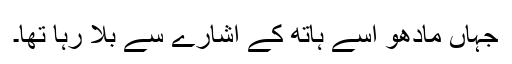
جہاں مادھو اسے ہاتھ کے اشارے سے بلا رہا تھا۔